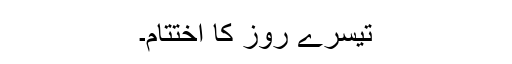
تیسرے روز کا اختتام۔